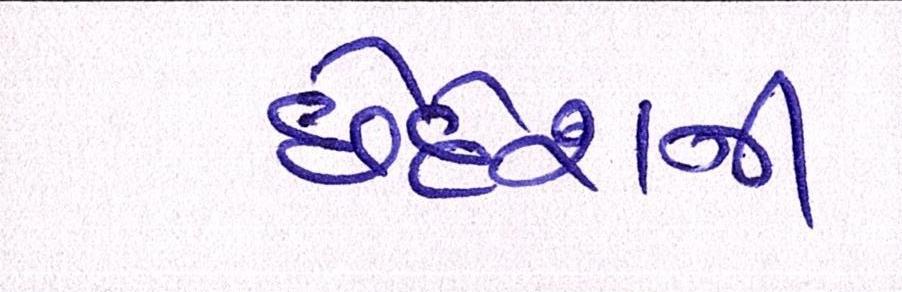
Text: છેદેશની